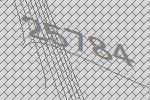
25784